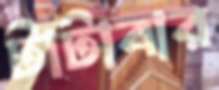
টাটাবার